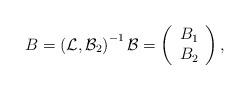
LaTeX: \begin{align*}B=\left( {\mathcal{L}},{\mathcal{B}}_{2}\right) ^{-1}{\mathcal{B}}=\left(\begin{array}{l}B_{1} \\B_{2}\end{array}\right) , \end{align*}